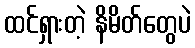
ထင်ရှားတဲ့ နိမိတ်တွေပဲ